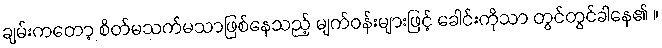
ချမ်းကတော့ စိတ်မသက်မသာဖြစ်နေသည့် မျက်ဝန်းများဖြင့် ခေါင်းကိုသာ တွင်တွင်ခါနေ၏ ။